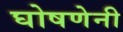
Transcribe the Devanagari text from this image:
घोषणेनी